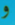
و